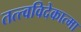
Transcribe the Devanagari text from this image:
तत्त्वविदेकात्मा